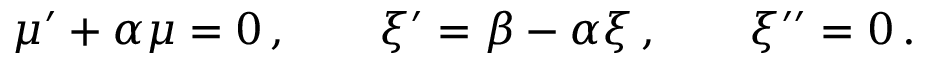
\mu ^ { \prime } + \alpha \mu = 0 \, , \qquad \xi ^ { \prime } = \beta - \alpha \xi \, , \qquad \xi ^ { \prime \prime } = 0 \, .